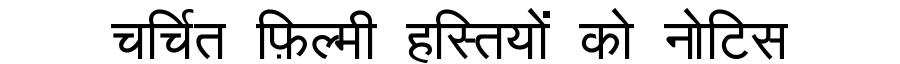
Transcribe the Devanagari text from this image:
चर्चित फ़िल्मी हस्तियों को नोटिस